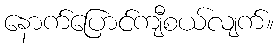
နောက်ပြောင်ကျီစယ်လျက်။